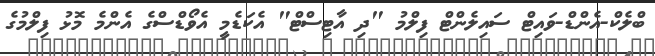
ބްލެކް-އެންޑް-ވައިޓް ސައިލެންޓް ފިލްމު "ދި އާޓިސްޓް" އެކަޑެމީ އެވޯޑްސްގެ އެންމެ މޮޅު ފިލްމުގެ